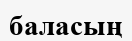
баласың